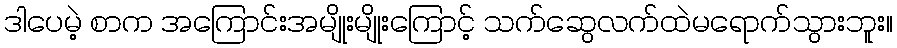
ဒါပေမဲ့ စာက အကြောင်းအမျိုးမျိုးကြောင့် သက်ဆွေလက်ထဲမရောက်သွားဘူး။